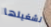
تشغيلها